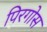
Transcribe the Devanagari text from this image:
पिरगोस